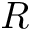
R